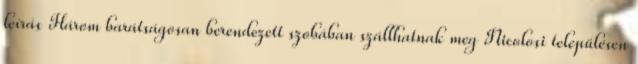
leírás Három barátságosan berendezett szobában szállhatnak meg Nicolosi településen